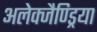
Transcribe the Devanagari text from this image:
अलेक्जैण्ड्रिया